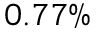
0 . 7 7 \%